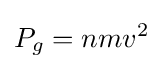
P_{g}=nmv^{2}